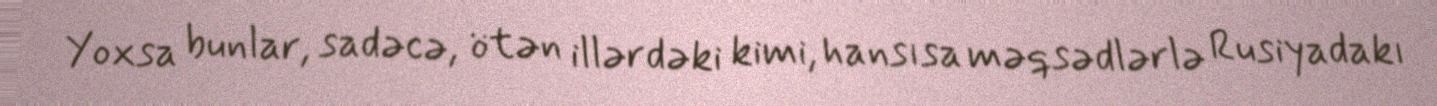
Yoxsa bunlar, sadəcə, ötən illərdəki kimi, hansısa məqsədlərlə Rusiyadakı